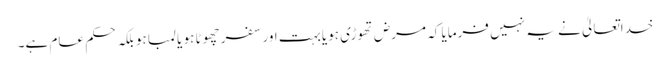
خداتعالیٰ نے یہ نہیں فرمایا کہ مرض تھوڑی ہویابہت اور سفر چھوٹا ہو یا لمبا ہو بلکہ حکم عام ہے۔